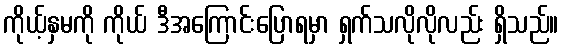
ကိုယ့်နှမကို ကိုယ် ဒီအကြောင်းပြောရမှာ ရှက်သလိုလိုလည်း ရှိသည်။